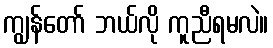
ကျွန်တော် ဘယ်လို ကူညီရမလဲ။